Development of the parasite of Indian kala azar - Number 53
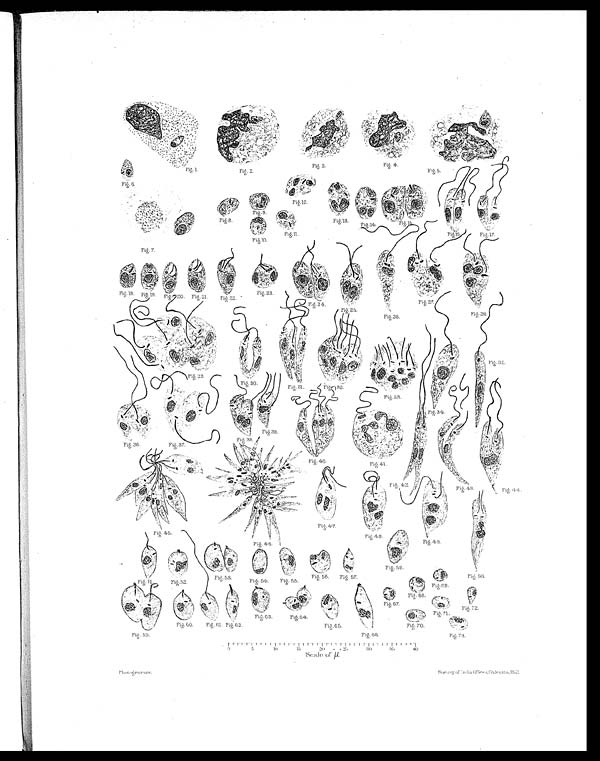
Fiĝ. 1.
F i ĝ . 2 .
Fiĝ. 3.
F i ĝ . 4 .
Fiĝ. 5.
Fiĝ. 6.
F i ĝ . 7 .
Fiĝ. 8.
Fiĝ.
9.
Fiĝ.
10.
F i ĝ . 1 1 .
Fiĝ. 12.
Fiĝ.
1 3 .
Fiĝ.
14.
Fiĝ.
15.
Fiĝ.
16.
Fiĝ.
17.
Fiĝ.
18.
Fiĝ.
19.
Fiĝ.
2 0 .
Fiĝ.
21.
Fiĝ. 22.
Fiĝ.
23.
Fiĝ.
24.
F i ĝ . 2 5 .
Fiĝ. 26.
F i ĝ . 2 7 .
Fiĝ.
28. Fiĝ. 29.
Fiĝ. 30
.Fiĝ. 31. Fiĝ.
32. Fiĝ.
33. Fi ĝ. 34.
Fiĝ.
35.
Fi ĝ. 36.
Fiĝ. 37.
Fiĝ.
38. Fiĝ.
39. Fi ĝ. 40.
F i ĝ . 4 1 .
F i ĝ .
42.
F i ĝ .
43.
F i ĝ .
44.
Fiĝ. 45.
F i ĝ . 4 6 .
F i ĝ .
47.
Fiĝ. 48.
F i ĝ . 4 9 .
Fiĝ. 50.
F i ĝ .
51.
F i ĝ .
52.
Fiĝ. 53.
F i ĝ . 5 4 .
Fiĝ. 55.
F i ĝ .
56.
F i ĝ .
57.
F i ĝ .
58.
Fiĝ. 59.
Fiĝ. 60.
Fiĝ. 61. Fiĝ. 62. Fiĝ. 63. Fiĝ. 64.
Fiĝ. 65. Fiĝ. 66.
F i ĝ . 6 7 .
Fiĝ. 68.
Fiĝ. 69.
Fiĝ. 70.
F i ĝ . 7 1 .
Fiĝ. 72.
F i ĝ . 7 3 .
0
5
10 15 20
2
5
30
35 40
Pholoĝravure. Scale of
S u r v y o f I n d i a O f f i c e s , C u l c u t t a . , 1 9 1 2 .